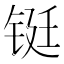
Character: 铤